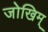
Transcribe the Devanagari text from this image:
जोखिम्